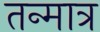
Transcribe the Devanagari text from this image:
तन्मात्र